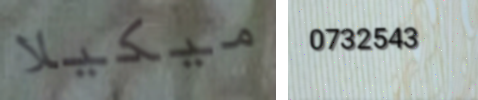
ميكيلا 0732543